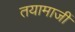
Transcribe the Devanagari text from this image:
तयामाजीं